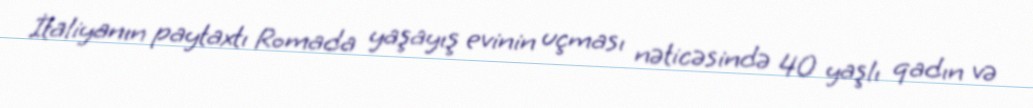
İtaliyanın paytaxtı Romada yaşayış evinin uçması nəticəsində 40 yaşlı qadın və